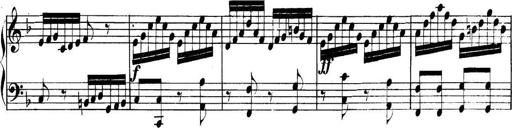
Title: Collected Piano Sonatas
Composer: Muzio Clementi